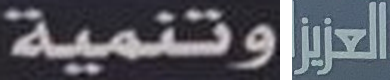
وتنمية العزيز